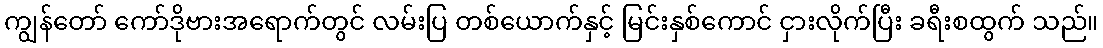
ကျွန်တော် ကော်ဒိုဗားအရောက်တွင် လမ်းပြ တစ်ယောက်နှင့် မြင်းနှစ်ကောင် ငှားလိုက်ပြီး ခရီးစထွက် သည်။